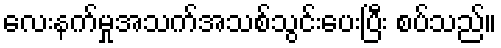
လေးနက်မှုအသက်အသစ်သွင်းပေးပြီး စပ်သည်။